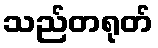
သည်တရုတ်